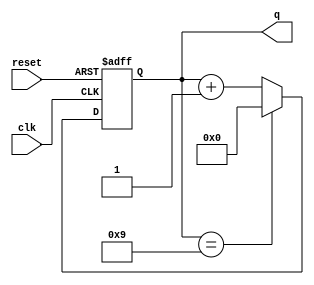
`timescale 1ns / 1ps

module asynrecounter10(
    input wire clk,
    input wire reset,//asynchronous active-high reset
    output reg[3:0] q
    );

always@(posedge clk or posedge reset)
    begin
       if(reset)
          q<=4'b0000;
       else if(q==4'b1001) q<=4'b0000;
       else   q<=q+1;
    end

endmodule